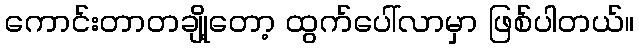
ကောင်းတာတချို့တော့ ထွက်ပေါ်လာမှာ ဖြစ်ပါတယ်။